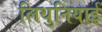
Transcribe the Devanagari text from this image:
लिथुनियाई